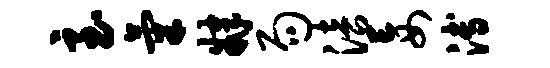
至气肄局涪妄溥